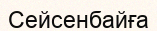
Сейсенбайға